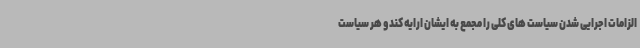
الزامات اجرایی شدن سیاست های کلی را مجمع به ایشان ارایه کند و هر سیاست